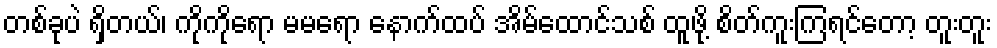
တစ်ခုပဲ ရှိတယ်၊ ကိုကိုရော မမရော နောက်ထပ် အိမ်ထောင်သစ် ထူဖို့ စိတ်ကူးကြရင်တော့ တူးတူး